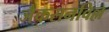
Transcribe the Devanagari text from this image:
जैकसनविल्ल